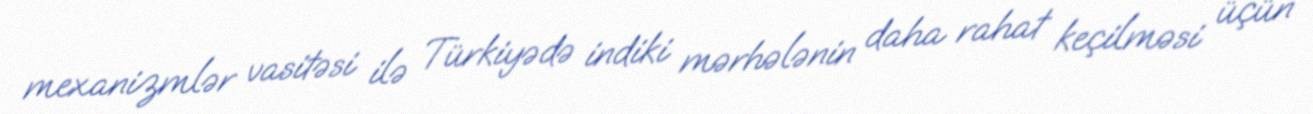
mexanizmlər vasitəsi ilə Türkiyədə indiki mərhələnin daha rahat keçilməsi üçün